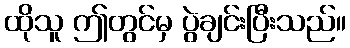
ထိုသူ ဤတွင်မှ ပွဲချင်းပြီးသည်။